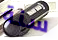
سنة